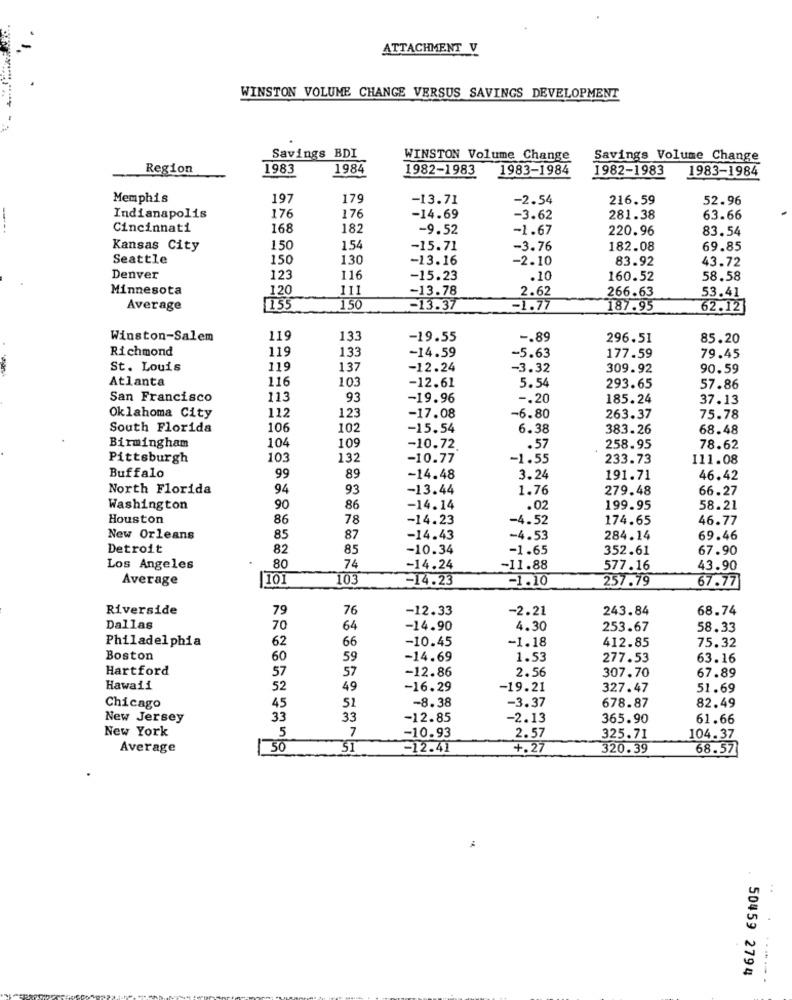
ATTACHMENT V
WINSTON VOLUME CHANGE VERSUS SAVINGS DEVELOPMENT
Savings BDI
WINSTON Volume Change
Savings Volume Change
Region
1983
1984
1982-1983
1983-1984
1982-1983
1983-1984
Memphis
197
179
-13.71
-2.54
216.59
52.96
Indianapolis
176
176
-14.69
-3.62
281.38
63.66
Cincinnati
168
182
-9.52
-1.67
220.96
83.54
Kansas City
150
1.54
-15.71
-3.76
182.08
69.85
Seattle
150
130
-13.16
-2.10
83.92
43.72
Denver
123
116
-15.23
.10
160.52
58.58
Minnesota
120
111
-13.78
53.41
2.62
266.63
Average
1155
150
-13.37
-1.77
187.95
62.12
Winston-Salem
119
133
-19.55
-. 89
296.51
85.20
Richmond
119
133
-14.59
177.59
-5.63
79.45
St. Louis
119
137
-12.24
-3.32
309.92
90.59
Atlanta
116
103
-12.61
5.54
293.65
57.86
San Francisco
113
93
-19.96
-. 20
185.24
37.13
Oklahoma City
112
123
-17.08
-6.80
263.37
75.78
South Florida
106
102
-15.54
6.38
383.26
68.48
Birmingham
104
109
-10.72
.57
258.95
78.62
Pittsburgh
103
132
-10.77
-1.55
233.73
111.08
Buffalo
99
89
-14.48
3.24
191.71
46.42
North Florida
94
93
-13.44
1.76
279.48
66.27
Washington
90
86
-14.14
.02
199.95
58.21
Houston
86
78
-14.23
-4.52
174.65
46.77
New Orleans
85
87
-14.43
-4.53
284.14
69.46
Detroit
82
85
-10.34
-1.65
352.61
67.90
80
Los Angeles
74
-14.24
-11.88
577.16
43.90
Average
101
103
-14.23
-1.10
257.79
67.77
Riverside
79
76
-12.33
-2.21
243.84
68.74
Dallas
70
64
-14.90
4.30
253.67
58.33
Philadelphia
-10.45
-1.18
412.85
75.32
62
66
Boston
60
59
-14.69
1.53
277.53
63.16
Hartford
57
-12.86
2.56
57
307.70
67.89
Hawaii
52
49
-16.29
-19.21
327.47
51.69
51
-8.38
-3.37
Chicago
45
678.87
82.49
New Jersey
33
33
-12.85
-2.13
365.90
61.66
New York
5
7
-10.93
2.57
325.71
104.37
Average
30
ST
-12.41
+.27
320.39
68.57
..
50459 2794